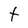
Character: t